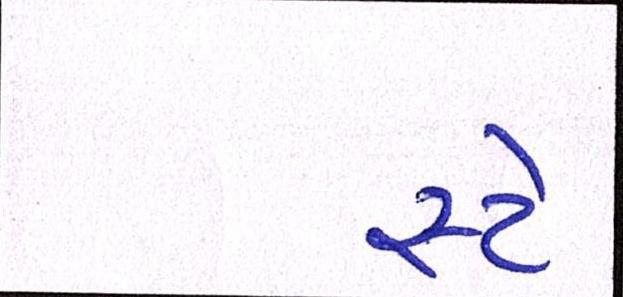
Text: સ્ટે